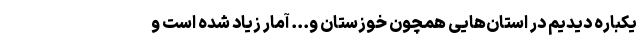
یکباره دیدیم در استان‌هایی همچون خوزستان و... آمار زیاد شده است و